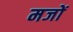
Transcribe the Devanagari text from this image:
मजों